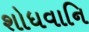
શોધવાનિ